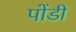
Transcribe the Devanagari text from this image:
पोंडी